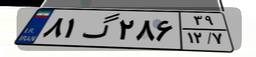
۸۱گ۲۸۶۳۹